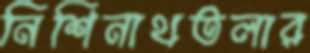
নিশিনাথতলার